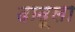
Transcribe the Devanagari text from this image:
दादूला